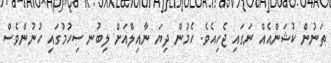
ތަނުން ކުޝަންއެއް ނަގައި ޖެހިއެވެ. ހެމުން ދިޔަ ނާއިލްއަށް ލިބުނ ސިހުމުގައި ހުނުންވެސް